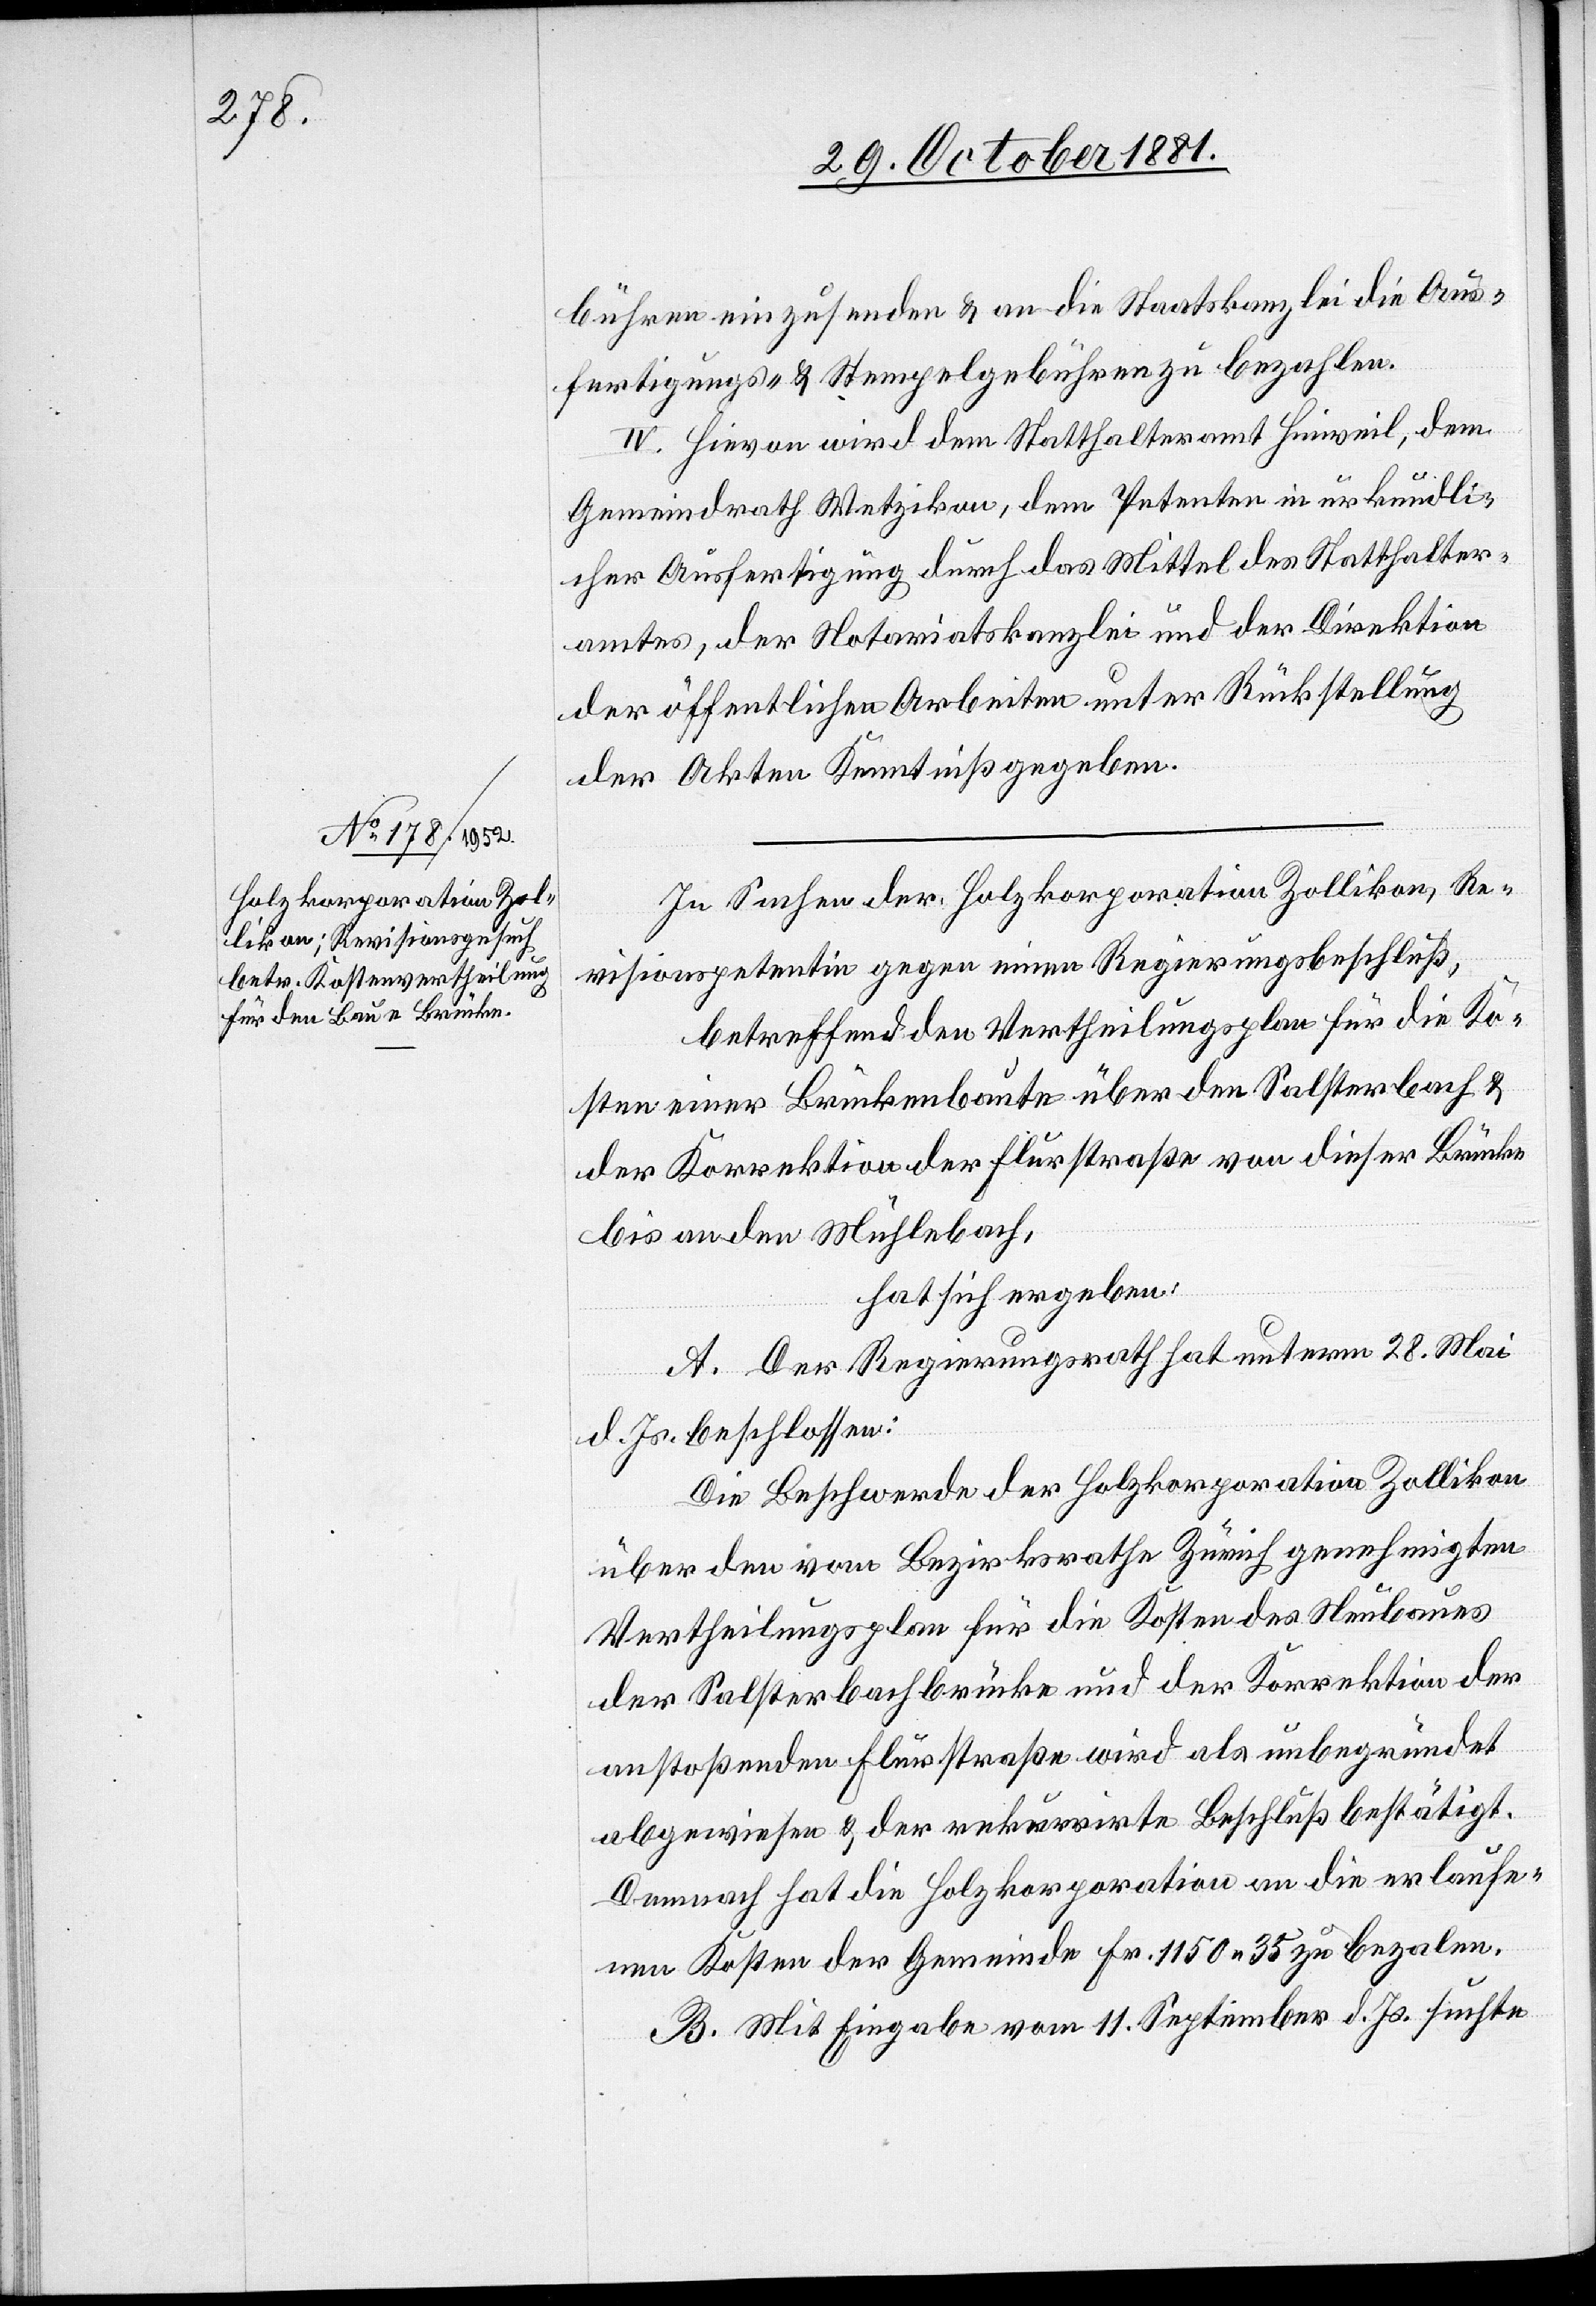
bühren einzusenden & an die Staatskanzlei die Aus¬
fertigungs- & Stempelgebühren zu bezahlen.
IV. Hievon wird dem Statthalteramt Hinweil, dem
Gemeindrath Wetzikon, dem Petenten in urkundli¬
cher Ausfertigung durch das Mittel des Statthalter¬
amtes, der Notariatskanzlei und der Direktion
der öffentlichen Arbeiten unter Rückstellung
der Akten Kenntniß gegeben.